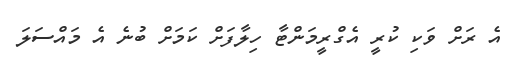
އެ ރަށް ވަކި ކުރީ އެގްރީމަންޓާ ހިލާފަށް ކަމަށް ބުނެ އެ މައްސަލަ